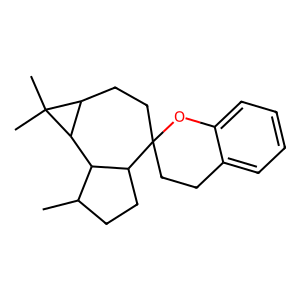
SMILES: CC1CCC2C1C1C(CCC23CCc2ccccc2O3)C1(C)C
Inhibits HIV replication: No